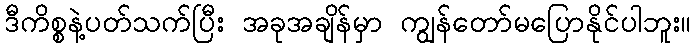
ဒီကိစ္စနဲ့ပတ်သက်ပြီး အခုအချိန်မှာ ကျွန်တော်မပြောနိုင်ပါဘူး။